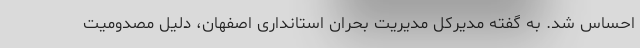
احساس شد. به گفته مدیرکل مدیریت بحران استانداری اصفهان، دلیل مصدومیت